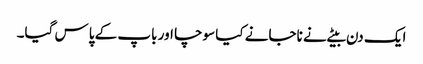
ایک دن بیٹے نے ناجانے کیا سوچا اور باپ کے پاس گیا۔